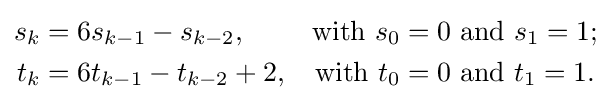
\displaystyle {\begin{aligned}s_{k}&=6s_{k-1}-s_{k-2},&{\text{with }}s_{0}&=0{\text{ and }}s_{1}=1;\\t_{k}&=6t_{k-1}-t_{k-2}+2,&{\text{with }}t_{0}&=0{\text{ and }}t_{1}=1.\end{aligned}}